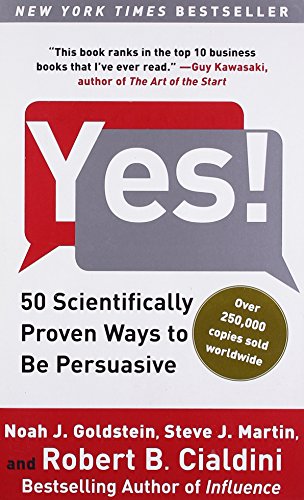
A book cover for Yes!: 50 Scientifically Proven Ways to Be Persuasive; Noah J. Goldstein Ph.D.; Medical Books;